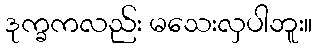
ဒုက္ခကလည်း မသေးလှပါဘူး။